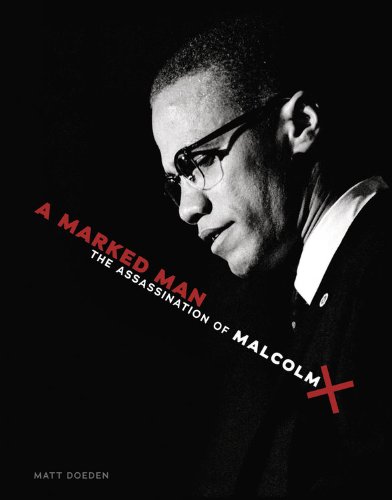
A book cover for A Marked Man: The Assassination of Malcolm X; Matt Doeden; Teen & Young Adult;